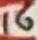
Text: 16